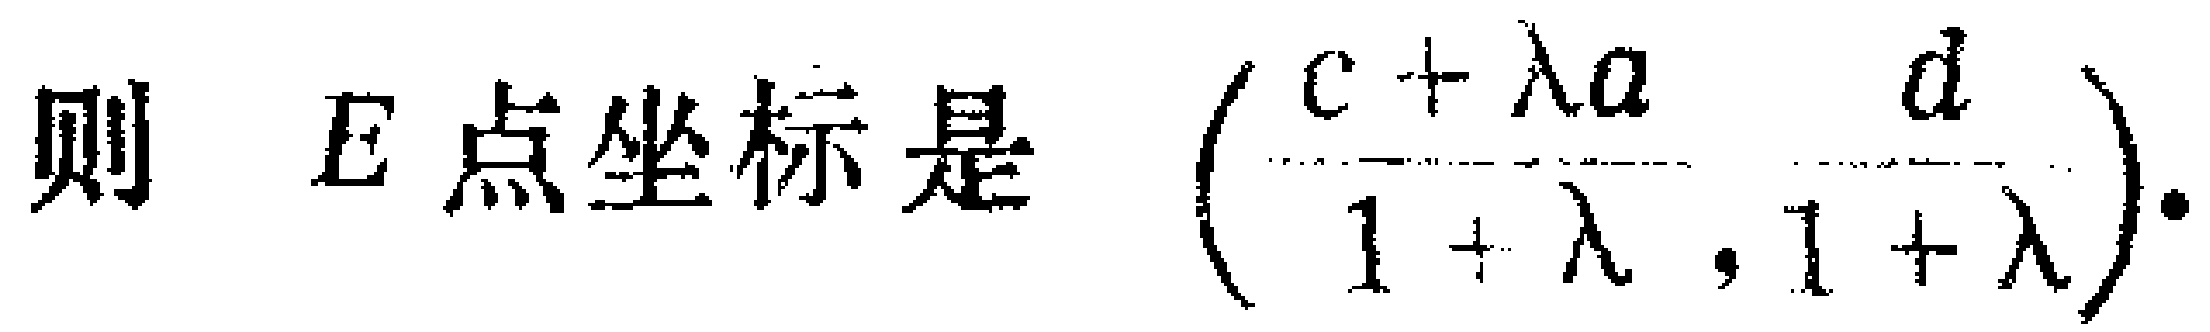
则 \(E\) 点坐标是 \((\frac{c + \lambda a}{1 + \lambda}, \frac{d}{1 + \lambda})\).